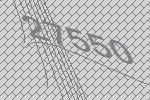
27550